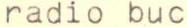
radio buc